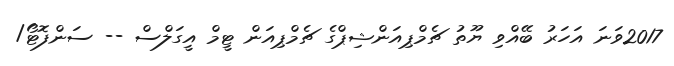
2017ވަނަ އަހަރު ބޭއްވި ޔޫތު ޗެމްޕިއަންޝިޕްގެ ޗެމްޕިއަން ޓީމް އީގަލްސް -- ސަންފޮޓޯ/